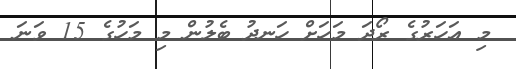
މި އަހަރުގެ ރޯދަ މަހަށް ހަނދު ބެލުން މި މަހުގެ 15 ވަނަ